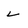
Character: L